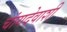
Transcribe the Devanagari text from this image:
चांगदेवाशी